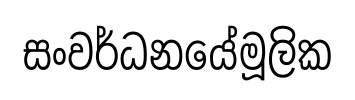
සංවර්ධනයේමූලික